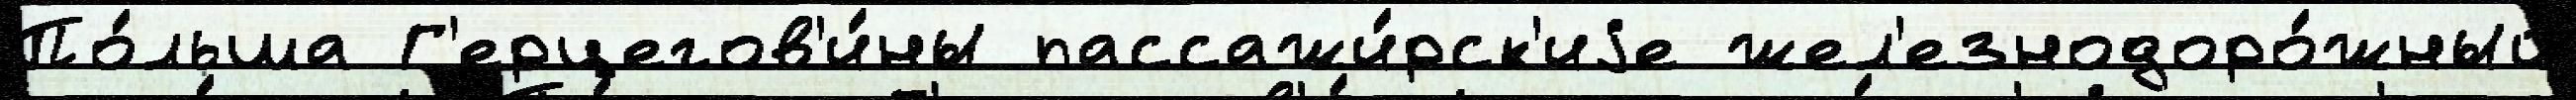
По́льша Г'ерцегов'и́ны пассажи́рск'иjе жел'езнодоро́жный